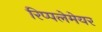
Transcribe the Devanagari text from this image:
रिप्‍पलेमेयर